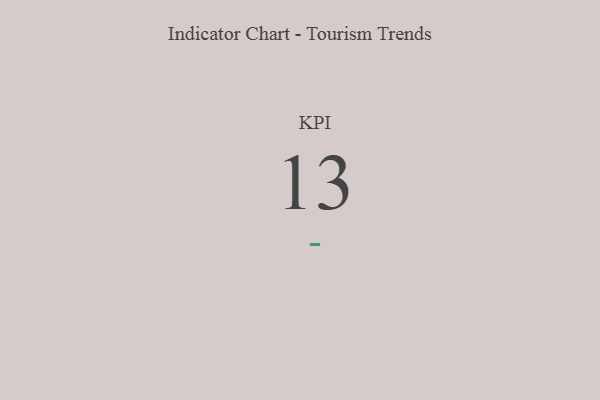
{"axis": {"x": "KPI", "y": "Value"}, "legend": [""], "data": [{"x": "KPI", "y": 13, "type": ""}]}